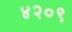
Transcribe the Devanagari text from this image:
४२०९